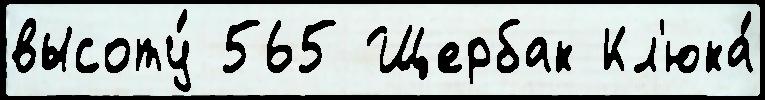
высоту́ 565 Щербак Кл'юка́